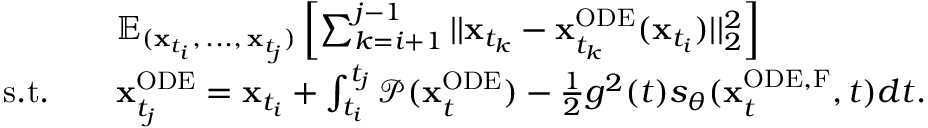
\begin{array} { r l } & { \mathbb { E } _ { ( \mathbf { x } _ { t _ { i } } , \, . . . , \, \mathbf { x } _ { t _ { j } } ) } \left[ \sum _ { k = i + 1 } ^ { j - 1 } | | \mathbf { x } _ { t _ { k } } - \mathbf { x } _ { t _ { k } } ^ { \mathrm { O D E } } ( \mathbf { x } _ { t _ { i } } ) | | _ { 2 } ^ { 2 } \right] } \\ { \mathrm { s . t . } \quad } & { \mathbf { x } _ { t _ { j } } ^ { \mathrm { O D E } } = \mathbf { x } _ { t _ { i } } + \int _ { t _ { i } } ^ { t _ { j } } \mathcal { P } ( \mathbf { x } _ { t } ^ { \mathrm { O D E } } ) - \frac { 1 } { 2 } g ^ { 2 } ( t ) s _ { \theta } ( \mathbf { x } _ { t } ^ { \mathrm { O D E , F } } , t ) d t . } \end{array}